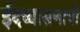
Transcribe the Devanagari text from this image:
ईदच्यासणाची